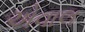
એવાલ